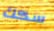
سكك